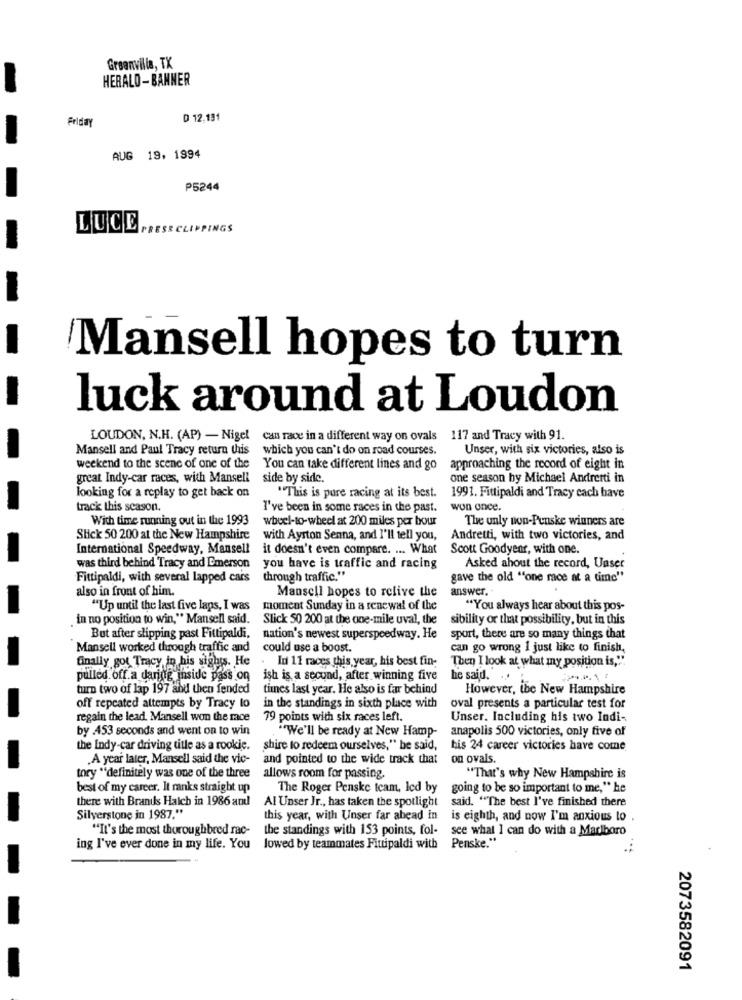
Grsanvilla, TX
HERALD - BANNER
Friday
D 12.131
AUG 19, 1994
P5244
LUCE
PRESE CL
NGS
Mansell hopes to turn
luck around at Loudon
LOUDON, N.H. (AP) - Nigel can race in a different way on ovals 117 and Tracy with 91.
Mansell and Paul Tracy return this
which you can't do on road courses.
Unser, with six victories, also is
weekend to the scene of one of the
You can take different lines and go
approaching the record of eight in
great Indy-car races, with Mansell
side by side.
one season by Michael Andretti in
looking for a replay to get back on
"This is pure racing at its best.
1991. Fittipaldi and Tracy cach have
track this season.
I've been in some races in the past.
won once.
With time running out in the 1993
wheel-to-wheel at 200 miles per bour
The unly non-Penske winners are
Stick 50 200 at the New Hampshire
with Ayrton Senna, and I'll tell you,
Andretti, with two victories, and
International Speedway, Mansell
it doesn't even compare. ... What
Scott Goodyear, with one.
was third behind Tracy and Emerson
you have is traffic and racing
Asked about the record, Unser
Fittipaldi, with several lapped cars
through traffic."
gave the old ""one race at a time"
also in front of him.
Mansell hopes to relive the
answer.
"Up until the last five laps, I was
moment Sunday in a renewal of the
"You always hear about this pos-
in no position to win," Mansell said.
Slick 50 200 at the one-mile uval, the
sibility or that possibility, but in this
But after slipping past Fittipaldi,
nation's newest superspeedway. He
sport, there are so many things that
Mansell worked through traffic and
could use a boost.
can go wrong I just like to finish,
finally got Tracy in his sights. He
. In 11 races this year, his best fin-
Then I look at what my position is,"".
pulled off a daring inside pass on
ish is a second, after winning five
he said. ..
turn two of lap 197 and then fended
times last year. He also is far behind
However, the New Hampshire
off repeated attempts by Tracy to
in the standings in sixth place with
oval presents a particular test for
regain the lead. Mansell won the race
79 points with six races left.
Unser. Including his two Indi-
by 453 seconds and went on to win
"We'll be ready at New Hamp-
anapolis 500 victories, only five of
the Indy-car driving title as a rookie.
shire to redeem ourselves," he said,
his 24 career victories have come
.A year later, Mansell said the vic-
and pointed to the wide track that
on ovals.
tory *definitely was one of the three
allows room for passing.
"That's why New Hampshire is
best of my career. It ranks straight up
The Roger Penske team, led by
going to be so important to me," he
there with Brands Hatch in 1986 and
said. "The best I've finished there
Al Unser Jr ., has taken the spotlight
Silverstone in 1987."
this year, with Unser far ahead in
is eighth, and now I'm anxious to .
"It's the most thoroughbred rac-
the standings with 153 points, fol- see what I can do with a Marlboro
ing I've ever done in my life. You lowed by teammates Fittipaldi with Penske."
2073582091